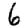
Digit: 6